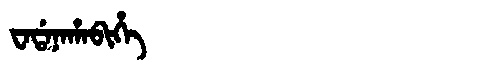
Manchu: ᠸᠠᡩᠠᠨᠠᡥᠠᠪᡳᡥᡝ
Romanization: WADANAHABIHE